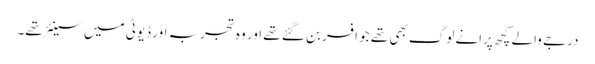
درجے والے کچھ پرانے لوگ بھی تھے جو افسر بن گئے تھے اور وہ تجربہ اور ڈیوٹی میں سینئر تھے۔